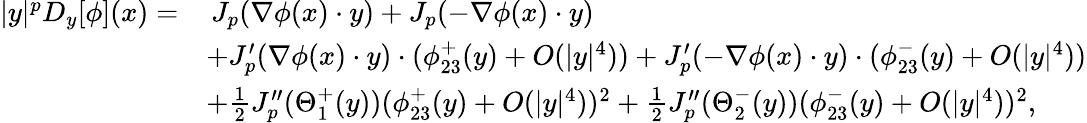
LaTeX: \begin{array}{rl}{|y|^{p}D_{y}[\phi](x)=}&{\, J_{p}(\nabla\phi(x)\cdot y)+J_{p}(-\nabla\phi(x)\cdot y)}\\ &{+J_{p}^{\prime}(\nabla\phi(x)\cdot y)\cdot(\phi_{23}^{+}(y)+O(|y|^{4}))+J_{p}^{\prime}(-\nabla\phi(x)\cdot y)\cdot(\phi_{23}^{-}(y)+O(|y|^{4}))}\\ &{+\frac{1}{2}J_{p}^{\prime\prime}(\Theta_{1}^{+}(y))(\phi_{23}^{+}(y)+O(|y|^{4}))^{2}+\frac{1}{2}J_{p}^{\prime\prime}(\Theta_{2}^{-}(y))(\phi_{23}^{-}(y)+O(|y|^{4}))^{2},}\end{array}